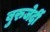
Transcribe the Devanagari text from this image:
बुरुजेर्दी